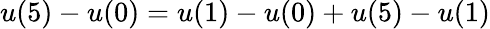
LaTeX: u(5)-u(0)=u(1)-u(0)+u(5)-u(1)